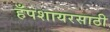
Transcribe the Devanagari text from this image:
हँपशायरसाठी